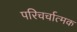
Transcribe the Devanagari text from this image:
परिचर्चात्मक